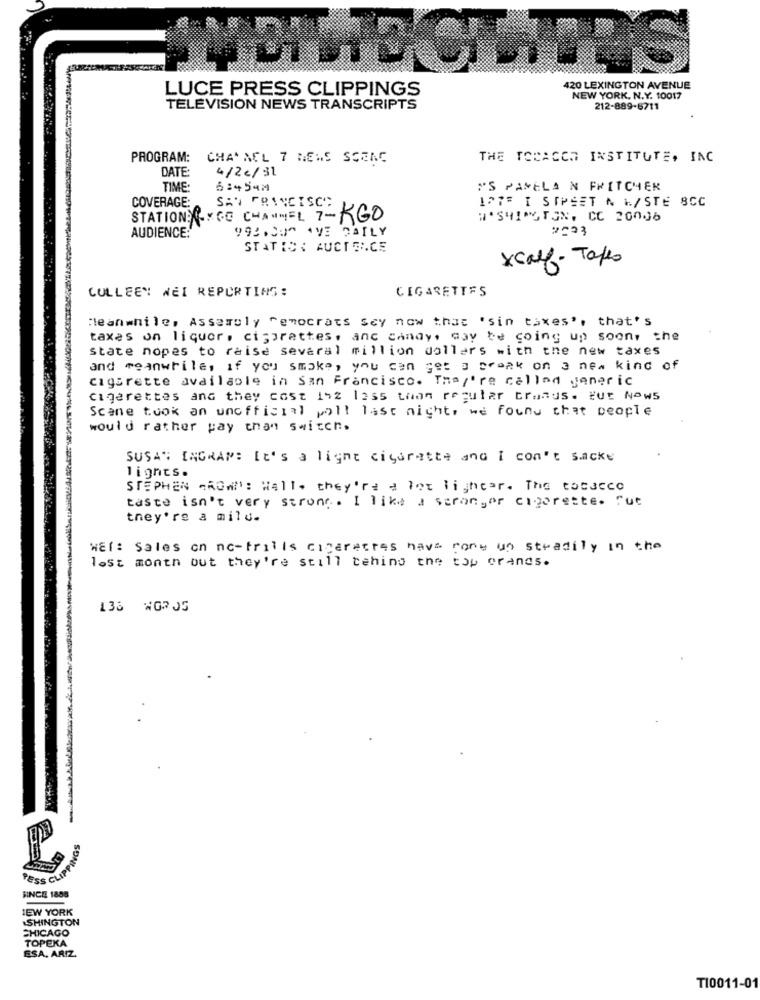
LUCE PRESS CLIPPINGS
420 LEXINGTON AVENUE
NEW YORK, N.Y. 10017
TELEVISION NEWS TRANSCRIPTS
212-889-5711
PROGRAM: CHANNEL 7 NEWS SCENE
THE TOBACCO INSTITUTE, INC
DATE:
4/2c/31
TIME
6:4547
MS PAMELA N FRITCHER
COVERAGE:
1275 I SIPEET N &/STE SCC
SAN FRANCISCO
STATION:\XGO CHANNEL 7-KGO
W'SHINGTON, CC 20006
AUDIENCE:
992.00 AVE DAILY
STATIC: AUCTRICE
xcalf - Takes
COLLEEN WEI REPORTING:
CIGARETTES
Meanwhile, Assembly Democrats say now that 'sin taxes', that's
taxes on liquor, cisprettes, anc candy, may be going up soon, the
state nopes to raise several million dollars with the new taxes
and meanwhile, if you smake, you can get a bronk on a new kind of
cigarette available in San Francisco. They're called generic
cigarettes and they cost Isz less than regular craaus. tut Now5
Scene took an unofficial polt last night, we found that people
would rather pay than switch,
SUSAN INGRAN: It's a light cigarette and I can't sacke
lignes.
STEPHEN GROWl': Wall. they're a lot lighter. The tobacco
taste isn't very strong. I like a strongor cigarette. Fut
they're a mild.
WEI: Sales on no-frills cigarettes have come un steadily in the
lost month but they're still tehing the top orands.
136 WOR05
HINCE 1800
NEW YORK
SHINGTON
CHICAGO
TOPEKA
SSA, ARIZ
TI0011-01